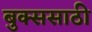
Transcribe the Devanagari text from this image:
बुक्ससाठी